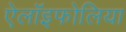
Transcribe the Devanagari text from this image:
ऐलॉइफोलिया